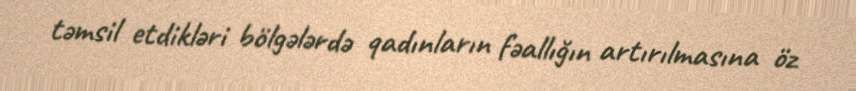
təmsil etdikləri bölgələrdə qadınların fəallığın artırılmasına öz